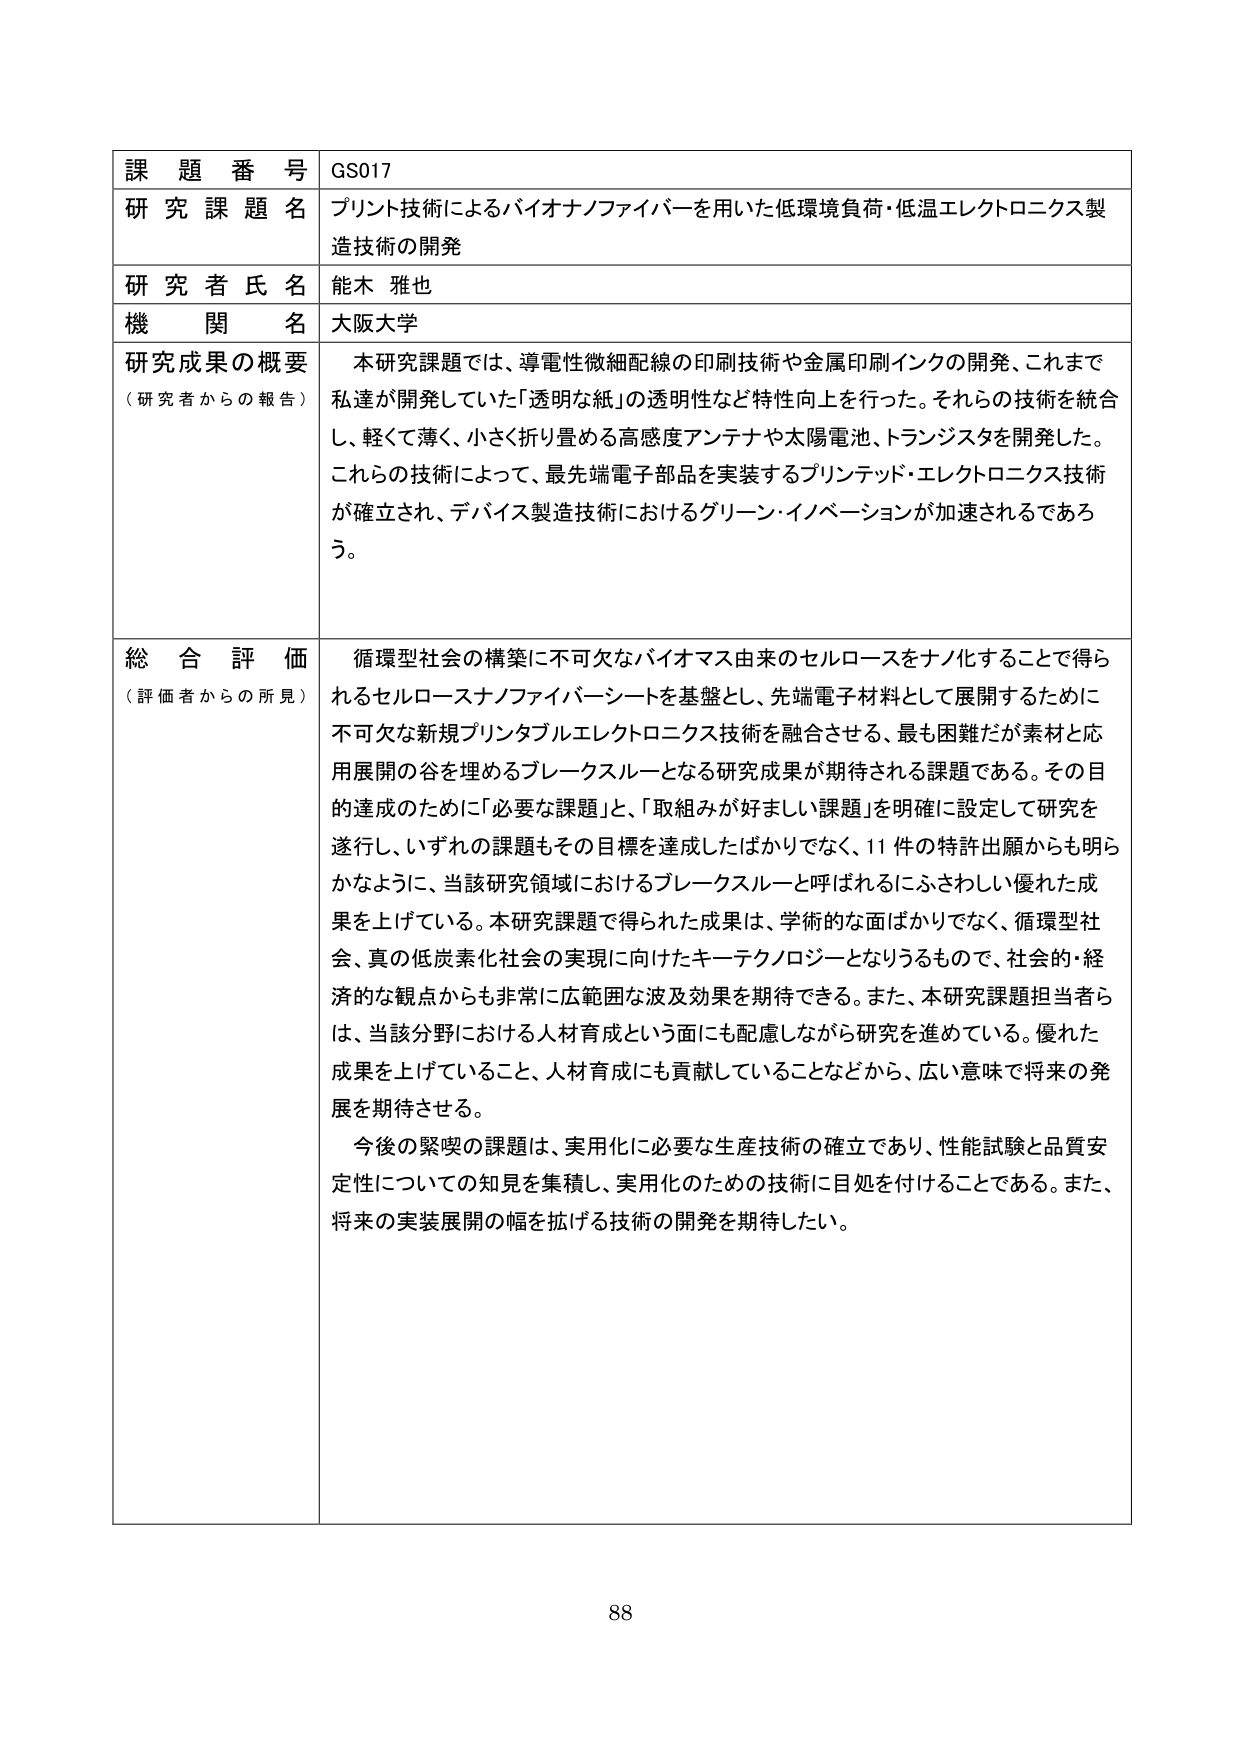
課題番号 GS017
研究課題名 プリント技術によるバイオナノファイバーを用いた低環境負荷・低温エレクトロニクス製造技術の開発
研究者氏名 能木 雅也
機関名 大阪大学
研究成果の概要（研究者からの報告） 本研究課題では、導電性微細配線の印刷技術や金属印刷インクの開発、これまで私達が開発していた「透明な紙」の透明性など特性向上を行った。それらの技術を統合し、軽くて薄く、小さく折り畳める高感度アンテナや太陽電池、トランジスタを開発した。これらの技術によって、最先端電子部品を実装するプリントッド・エレクトロニクス技術が確立され、デバイス製造技術におけるグリーン・イノベーションが加速されるであろう。
総合評価（評価者からの所見） 循環型社会の構築に不可欠なバイオマス由来のセルロースをナノ化することで得られるセルロースナノファイバーシートを基盤とし、先端電子材料として展開するために不可欠な新規プリンタブルエレクトロニクス技術を融合させる、最も困難だが素材と応用展開の谷を埋めるブレークスルーとなる研究成果が期待される課題である。その目的達成のために「必要な課題」と、「取組みが好ましい課題」を明確に設定して研究を遂行し、いずれの課題もその目標を達成したばかりでなく、11件の特許出願からも明らかなように、当該研究領域におけるブレークスルーと呼ばれるにふさわしい優れた成果を上げている。本研究課題で得られた成果は、学術的な面ばかりでなく、循環型社会、真の低炭素化社会の実現に向けたキーテクノロジーとなりうるもので、社会的・経済的な観点からも非常に広範囲な波及効果を期待できる。また、本研究課題担当者らは、当該分野における人材育成という面にも配慮しながら研究を進めている。優れた成果を上げていること、人材育成にも貢献していることなどから、広い意味で将来の発展を期待させる。
今後の緊喫の課題は、実用化に必要な生産技術の確立であり、性能試験と品質安定性についての知見を集積し、実用化のための技術に目処を付けることである。また、将来の実装展開の幅を拡げる技術の開発を期待したい。
88